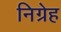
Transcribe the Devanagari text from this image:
निग्रेह